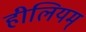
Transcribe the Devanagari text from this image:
हीलियम्